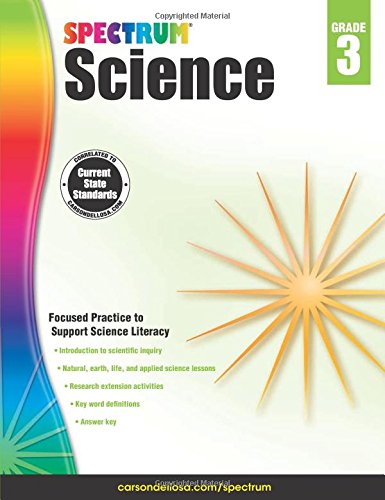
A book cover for Spectrum Science, Grade 3; Children's Books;